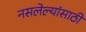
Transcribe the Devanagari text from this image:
नसलेल्यांसाठी